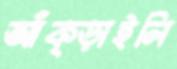
আঁক্‌ড়াইলি